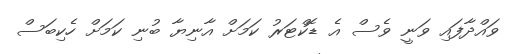
ވައްދާފައި ވަނީ ވެސް އެ ޑޮކްޓަރު ކަމަށް އާނިޔާ ބުނި ކަމަށް ހެކިބަސް